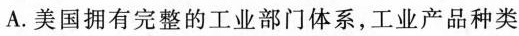
A.美国拥有完整的工业部门体系，工业产品种类